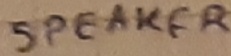
Text: SPEAKER